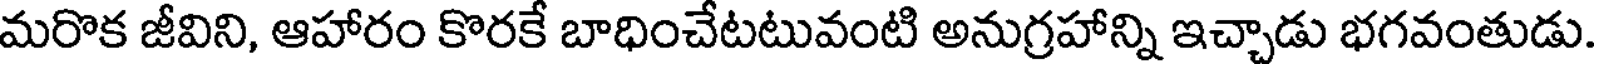
మరొక జీవిని, ఆహారం కొరకే బాధించేటటువంటి అనుగ్రహాన్ని ఇచ్చాడు భగవంతుడు